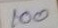
100